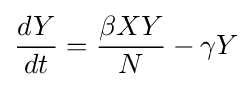
{\frac {dY}{dt}}={\frac {\beta XY}{N}}-\gamma Y